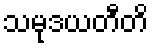
သမုဒယတီတိ